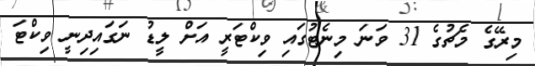
މިރޭގެ މެޗުގެ 31 ވަނަ މިނެޓުގައި ވިކްޓަރީ އަށް ލީޑު ނަގައިދިނީ ވިކްޓަ